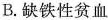
B.缺铁性贫血